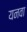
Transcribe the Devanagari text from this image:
यनवा